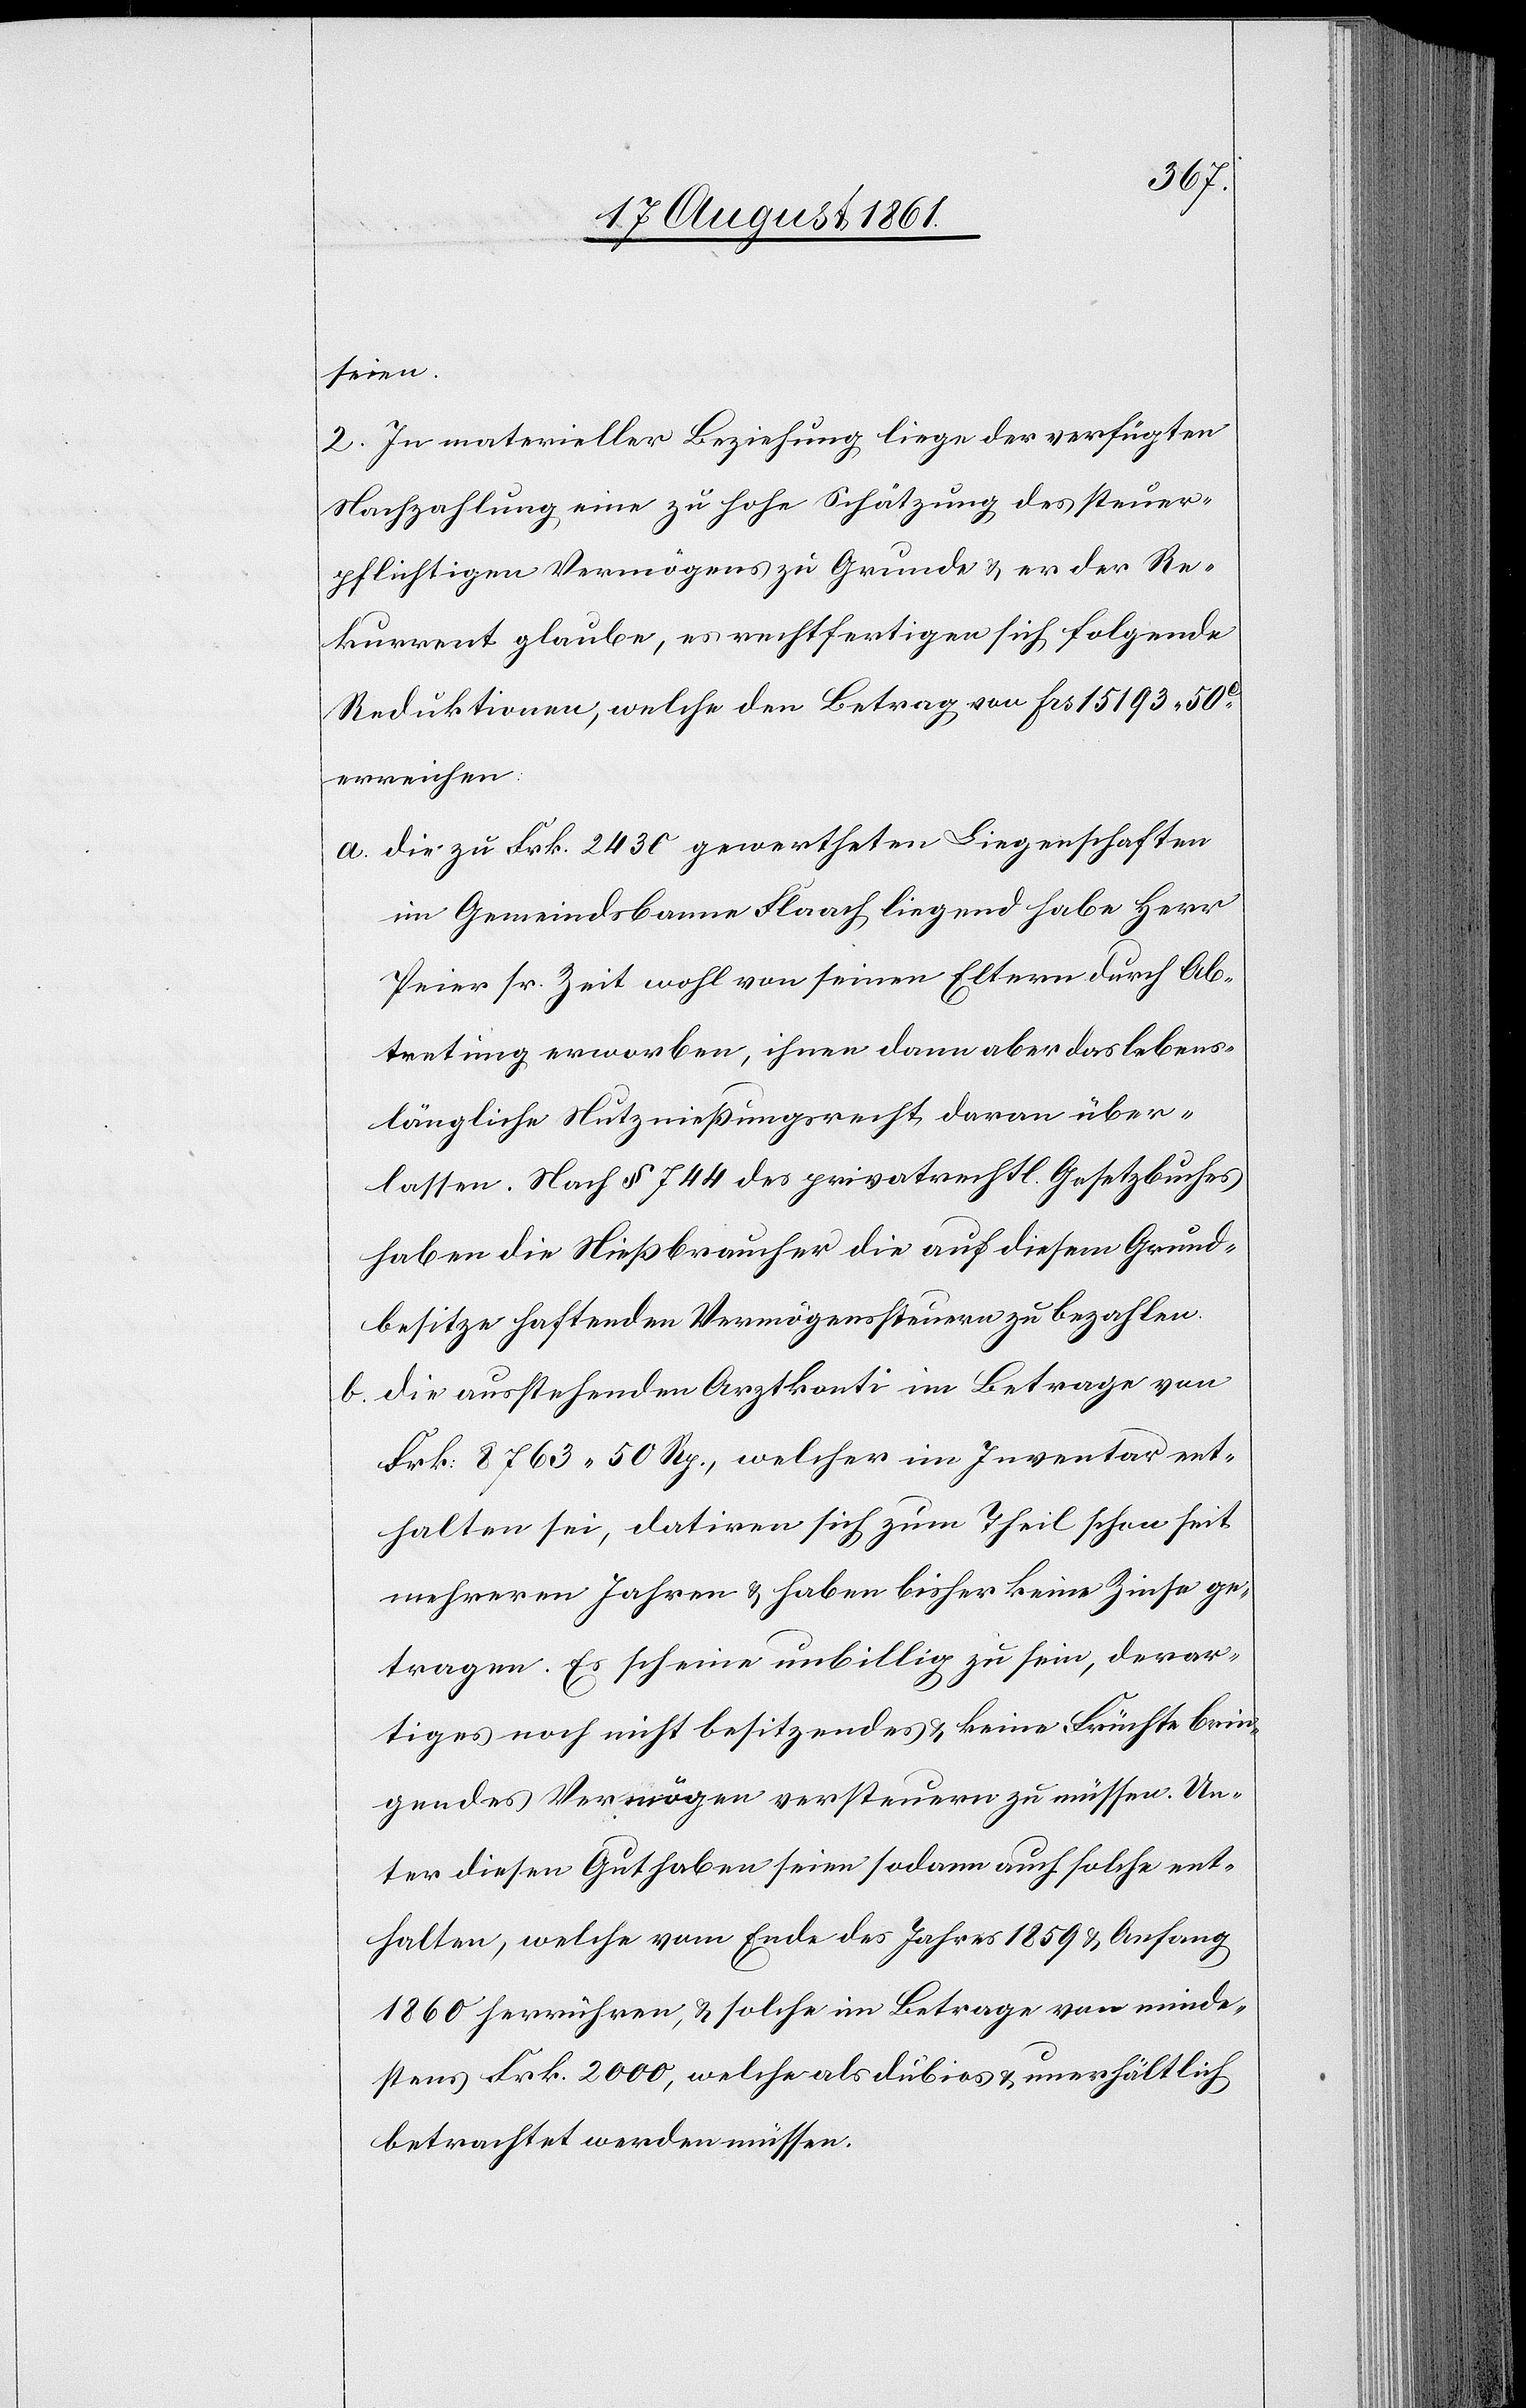
seien.
2. In materieller Beziehung liege der verfügten
Nachzahlung eine hohe Schätzung des steuer¬
pflichtigen Vermögens zu Grunde u. er der Re¬
kurrent glaube, es rechtfertigen sich folgende
Reduktionen, welche den Betrag von Frs 15193.50c
erreichen:
a. die zu Frk. 2430 gewertheten Liegenschaften
im Gemeindsbanne Flaach liegend habe Herr
Peier sr. Zeit wohl von seinen Eltern durch Ab¬
tretung erworben, ihnen dann aber das lebens¬
längliche Nutzungsrecht daran über¬
lassen. Nach § 744 des privatrechtl. Gesetzbuches
haben die Nießbraucher die auf diesem Grund¬
besitze haftenden Vermögenssteuern zu bezahlen.
b. die ausstehenden Arztkonti im Betrage von
Frk. 8763. 50 Rp., welcher im Inventar ent¬
halten sei, datiren sich zum Theil schon seit
mehreren Jahren u. haben bisher keine Zinse ge¬
tragen. Es scheine unbillig zu sein, derar¬
tiges noch nicht besitzendes u. keine Früchte brin¬
gendes Vermögen versteuern zu müssen. Un¬
ter diesen Guthaben seien sodann auch solche ent¬
halten, welche vom Ende des Jahres 1859 u. Anfang
1860 herrühren, u. solche im Betrage von minde¬
stens Frk. 2000, welche als dubios u. unerhältlich
betrachtet werden müssen.